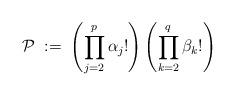
LaTeX: \begin{align*}{\mathcal{P}} \;:=\; \left( \prod_{j=2}^p \alpha_j! \right)\left(\prod_{k=2}^q \beta_k! \right) \end{align*}